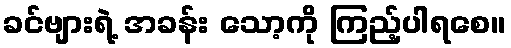
ခင်ဗျားရဲ့ အခန်း သော့ကို ကြည့်ပါရစေ။